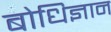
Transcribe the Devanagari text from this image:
बोधिज्ञान